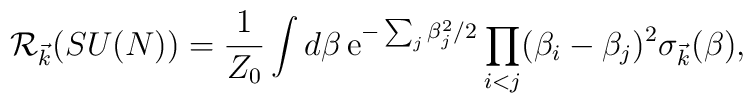
{\cal R}_{\vec k}(SU(N))= {1 \over Z_0} \int d\beta \, {\rm e}^{-\sum_j \beta_j^2/2}\prod_{i<j} (\beta_i -\beta_j)^2 \sigma_{\vec k}(\beta),